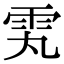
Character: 𬯸